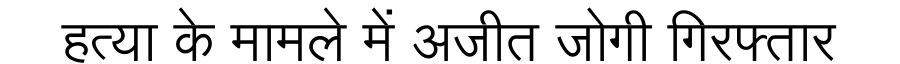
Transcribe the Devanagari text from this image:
हत्या के मामले में अजीत जोगी गिरफ्तार